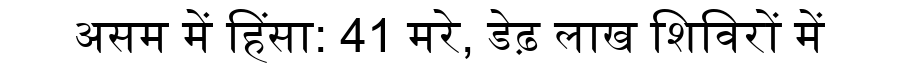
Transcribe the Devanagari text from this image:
असम में हिंसा: 41 मरे, डेढ़ लाख शिविरों में